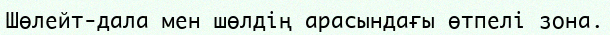
Шөлейт-дала мен шөлдің арасындағы өтпелі зона.